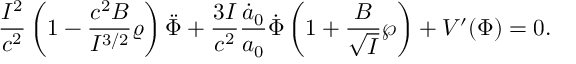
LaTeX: { \frac { I ^ { 2 } } { c ^ { 2 } } } \left( 1 - { \frac { c ^ { 2 } B } { I ^ { 3 / 2 } } } \varrho \right) \ddot { \Phi } + { \frac { 3 I } { c ^ { 2 } } } { \frac { \dot { a } _ { 0 } } { a _ { 0 } } } \dot { \Phi } \left( 1 + { \frac { B } { \sqrt { I } } } \wp \right) + V ^ { \prime } ( \Phi ) = 0 .